Indian journal of veterinary science and animal husbandry - Volume 6,
Year: 1936
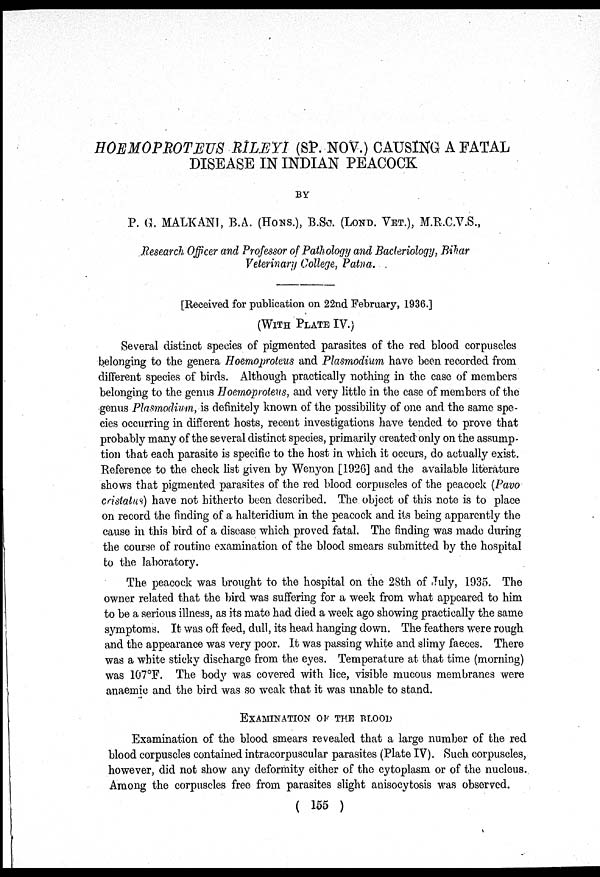
HOEMOPROTEUS RILEYI (SP. NOV.) CAUSING A FATAL
DISEASE IN INDIAN PEACOCK
BY
P. G. MALKAN1, B.A. (HONS.), B.SC. (LOND. VET.), M.R.C.V.S.,
Research Officer and Professor of Pathology and Bacteriology, Bihar
Veterinary College, Patna.
[Received for publication on 22nd February, 1936.]
(WITH PLATE IV.)
Several distinct species of pigmented parasites of the red blood corpuscles
belonging to the genera Hoemoproteus and Plasmodium have been recorded from
different species of birds. Although practically nothing in the case of members
belonging to the genus Hoemoproteus, and very little in the case of members of the
genus Plasmodium, is definitely known of the possibility of one and the same spe-
cies occurring in different hosts, recent investigations have tended to prove that
probably many of the several distinct species, primarily created only on the assump-
tion that each parasite is specific to the host in which it occurs, do actually exist.
Reference to the check list given by Wenyon [1926] and the available literature
shows that pigmented parasites of the red blood corpuscles of the peacock (Pavo
cristatus) have not hitherto been described. The object of this note is to place
on record the finding of a halteridium in the peacock and its being apparently the
cause in this bird of a disease which proved fatal. The finding was made during
the course of routine examination of the blood smears submitted by the hospital
to the laboratory.
The peacock was brought to the hospital on the 28th of July, 1935. The
owner related that the bird was suffering for a week from what appeared to him
to be a serious illness, as its mate had died a week ago showing practically the same
symptoms. It was off feed, dull, its head hanging down. The feathers were rough
and the appearance was very poor. It was passing white and slimy faeces. There
was a white sticky discharge from the eyes. Temperature at that time (morning)
was 107°F. The body was covered with lice, visible mucous membranes were
anaemic and the bird was so weak that it was unable to stand.
EXAMINATION OF THE BLOOD
Examination of the blood smears revealed that a large number of the red
blood corpuscles contained intracorpuscular parasites (Plate IV). Such corpuscles,
however, did not show any deformity either of the cytoplasm or of the nucleus.
Among the corpuscles free from parasites slight anisocytosis was observed.
( 155 )